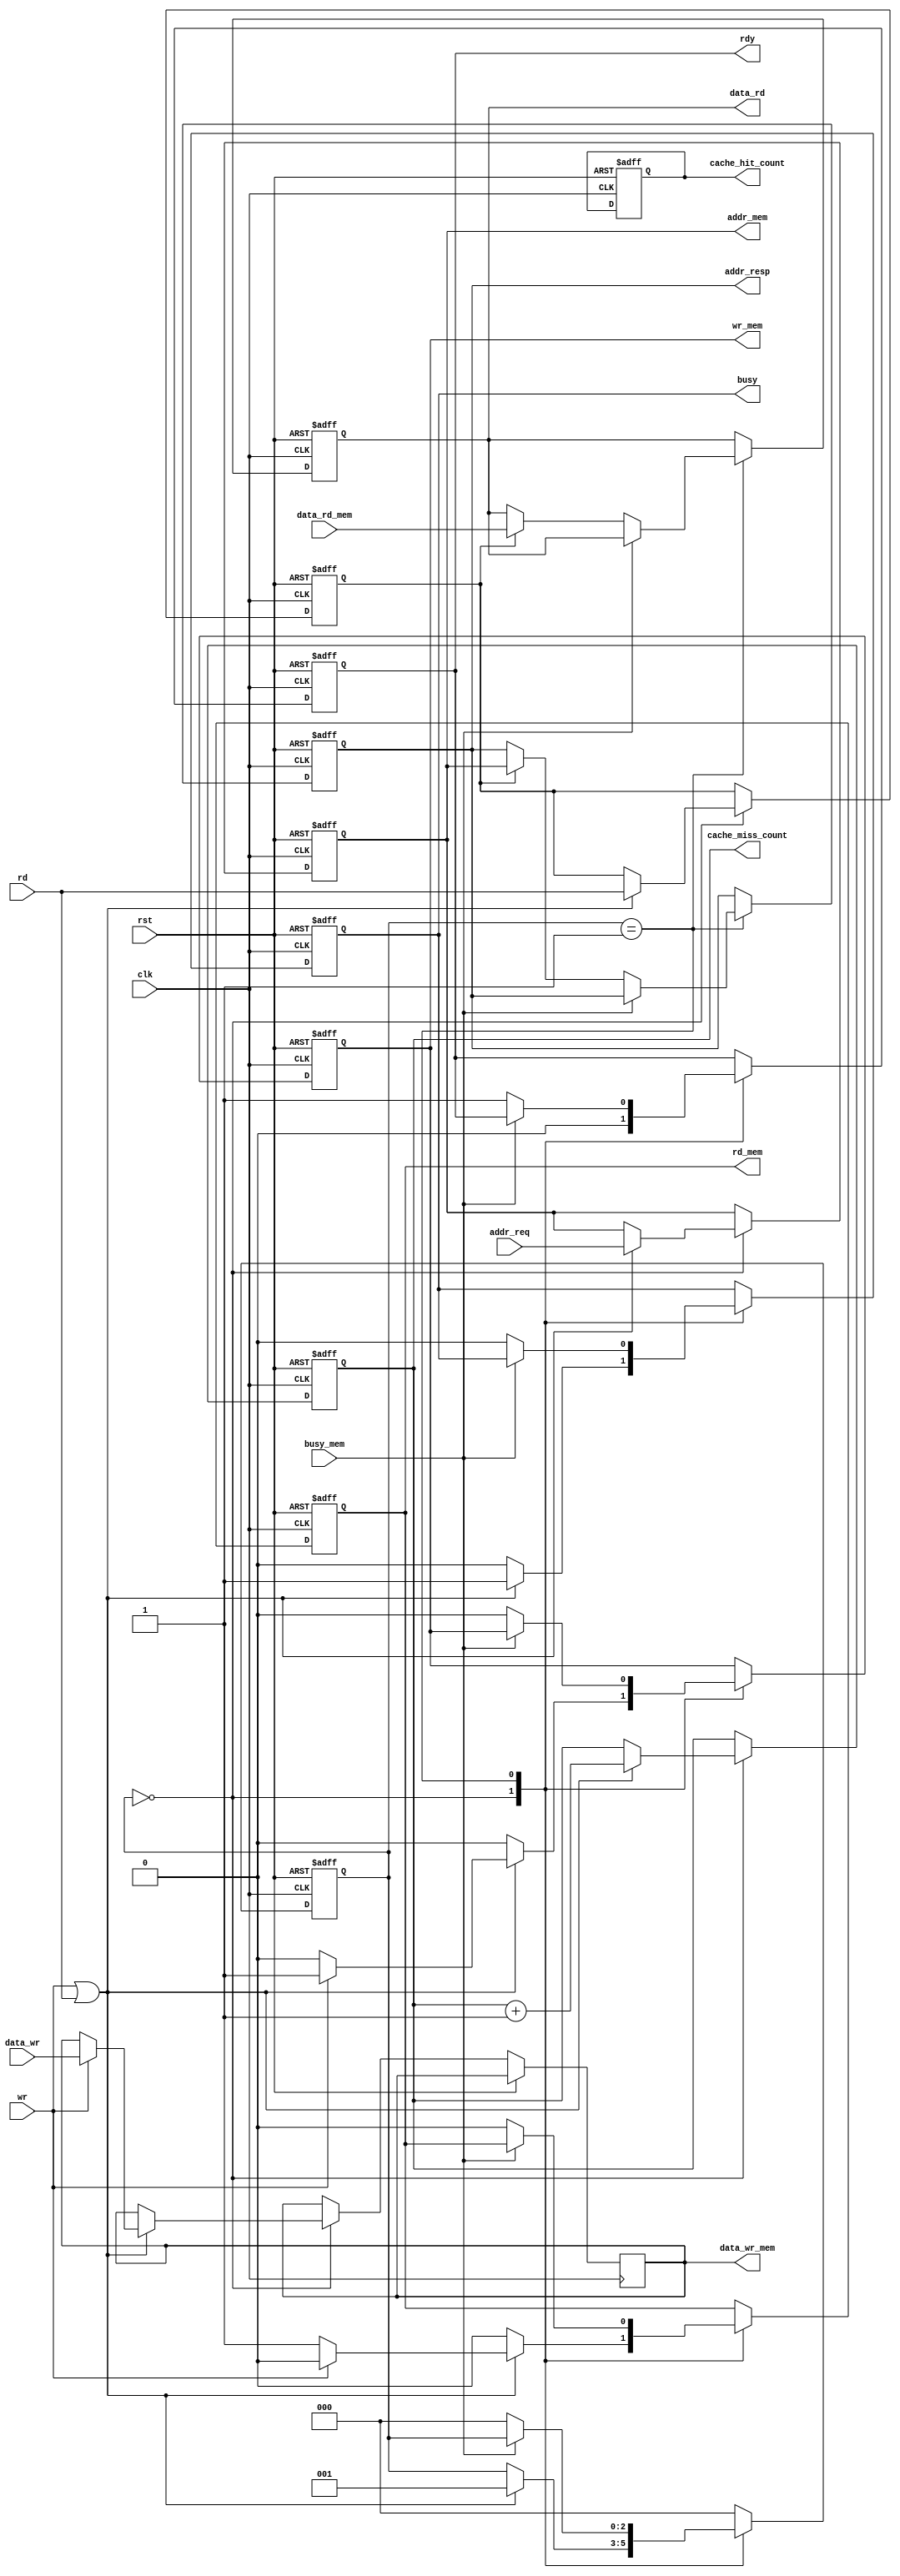
/*****************************************************************************************************
* Description:                 Baseline Cache Controller for Demo
*
*
*
* Rev History:
 *       <Author>        <Date>        <Hardware>     <Version>        <Description> 
*     Dengxue Yan   2017-02-18 17:00       --           1.00             Create
*****************************************************************************************************/
`timescale 1ns / 1ps

module CacheController(
    rst,
    clk,

    wr,
    rd,

    data_rd,
    data_wr,
    addr_req,
    addr_resp,

    rdy,
    busy,

    wr_mem,
    rd_mem,
    busy_mem,

    data_rd_mem,
    data_wr_mem,
    addr_mem,

    cache_miss_count,
    cache_hit_count
    );

    input  rst;// Reset
    input  clk;// System clk

    input  wr;
    input  rd;
    output [31:0] data_rd;
    reg    [31:0] data_rd;

    input  [31:0] data_wr;
    input  [31:0] addr_req;
    output [31:0] addr_resp;
    reg    [31:0] addr_resp;
    output rdy;
    reg    rdy;
    output busy;
    reg    busy;

    output  wr_mem;
    reg     wr_mem;
    output  rd_mem;
    reg     rd_mem;
    input   busy_mem;
    input  [31:0] data_rd_mem;
    output [31:0] data_wr_mem;
    reg    [31:0] data_wr_mem;
    output [31:0] addr_mem;
    reg    [31:0] addr_mem;

    output [31:0] cache_miss_count;
    reg    [31:0] cache_miss_count;
    output [31:0] cache_hit_count;
    reg    [31:0] cache_hit_count;

    reg [15:0]  cache_valid = 16'h0000;
    reg [15:0]  cache_dirty = 16'h0000;
    reg [23:0]  cache_tag [15:0];
    reg [127:0] cache_data[15:0];

    reg [2:0]   cache_state = 3'h0;
    reg [1:0]   cache_count = 2'h0;

    wire [23:0] addr_tag = addr_req[31:8];
    wire [3:0]  addr_index = addr_req[7:4];
    wire [3:0]  addr_offset = addr_req[3:0];

    reg  rd_temp = 1'b1;

    always @(posedge clk or posedge rst) begin
        if (rst) begin
            // reset
            rdy  <= 1'b0;
            busy <= 1'b0;
            data_rd <= 32'hZZZZZZZZ;

            cache_valid <= 16'h0000;
            cache_dirty <= 16'h0000;

            cache_state <= 3'h0;
            cache_count <= 2'h0;

            rd_mem <= 1'b0;
            wr_mem <= 1'b0;
            addr_mem <= 0;

            cache_miss_count   <= 0;
            cache_hit_count <= 0;

            rd_temp <= 1'b1;
            addr_resp <= 32'hZZZZZZZZ;
            data_rd <= 32'hZZZZZZZZ;
        end
        else begin
            case (cache_state)
            3'h0:
            begin
                if ((wr) || (rd))
                begin
                    cache_miss_count <= cache_miss_count + 1'b1;
                    addr_mem <= addr_req;
                    rd_temp <= rd;
                    if (wr)
                    begin
                        data_wr_mem <= data_wr;
                        wr_mem <= 1'b1;
                        rd_mem <= 1'b0;
                    end else begin
                        wr_mem <= 1'b0;
                        rd_mem <= 1'b1;
                    end
                    rdy <= 1'b0;
                    busy <= 1'b1;
                    cache_state <= 3'h1;
                end else begin
                    wr_mem <= 1'b0;
                    rd_mem <= 1'b0;
                    rdy <= 1'b0;
                    busy <= 1'b0;
                end

            end
            3'h1:
            begin
                if (!busy_mem) begin
                    wr_mem <= 1'b0;
                    rd_mem <= 1'b0;
                    if (rd_temp) begin
                       addr_resp <= addr_mem;
                       data_rd <= data_rd_mem;
                    end
                    rdy <= 1'b1;
                    busy <= 1'b0;
                    cache_state <= 3'h0;
                end
            end
            default:
                cache_state <= 3'h0;
            endcase
        end
    end

endmodule